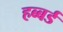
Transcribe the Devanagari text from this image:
हब्बर्ड